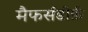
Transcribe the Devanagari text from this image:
मैफर्सडोर्फ़